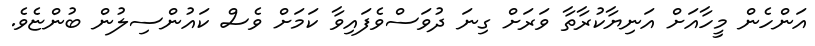
އަންހެން މީހާއަށް އަނިޔާކުރާތާ ވަރަށް ގިނަ ދުވަސްވެފައިވާ ކަމަށް ވެސް ކައުންސިލުން ބުންޏެވެ.